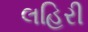
લહિરી